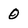
Character: 0